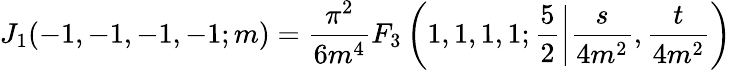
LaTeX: J_{1}(-1,-1,-1,-1;m)=\frac{\pi^{2}}{6m^{4}}F_{3}\left(1,1,1,1;\frac{5}{2}\left|\frac{s}{4m^{2}},\frac{t}{4m^{2}}\right)\right.